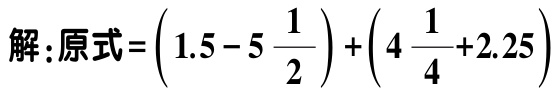
解：原式\(=\left(1.5 - 5\frac{1}{2}\right)+\left(4\frac{1}{4}+2.25\right)\)